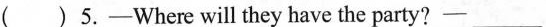
( )5.——Where will they have the party?—— ___